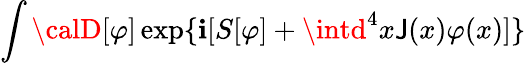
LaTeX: \int{\calD}[\varphi]\exp\{ \mathbf{i}[S[\varphi]+\intd^{4}x\mathsf{J}(x)\varphi(x)]\}